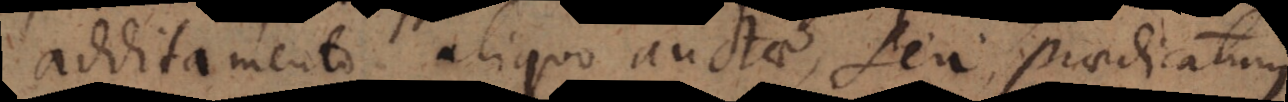
additamento aliquo auctae, seu praedicatum